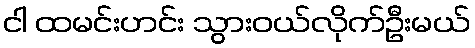
ငါ ထမင်းဟင်း သွားဝယ်လိုက်ဦးမယ်